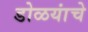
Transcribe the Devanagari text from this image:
डोळयांचे